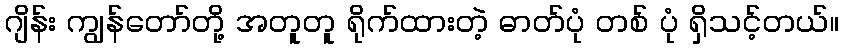
ဂျိန်း ကျွန်တော်တို့ အတူတူ ရိုက်ထားတဲ့ ဓာတ်ပုံ တစ် ပုံ ရှိသင့်တယ်။